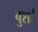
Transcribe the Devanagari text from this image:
बुशर्ट